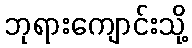
ဘုရားကျောင်းသို့